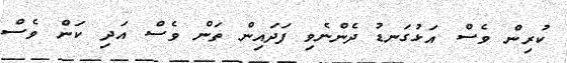
ކުރިން ވެސް އަޅުގަނޑު ދެންނެވި ފަދައިން ތަން ވެސް އަދި ކަން ވެސް